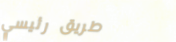
طريق رئيسي